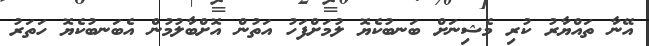
އޭނާ ތައްޔާރު ކުރި މެޝިނަށް ބަނބުކެޔޮ ލުމަށްފަހު އަތުން އޮށްބާލުމުން އެބަނބުކެޔޮ ހަތަރު